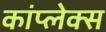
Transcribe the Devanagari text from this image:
कांप्लेक्स